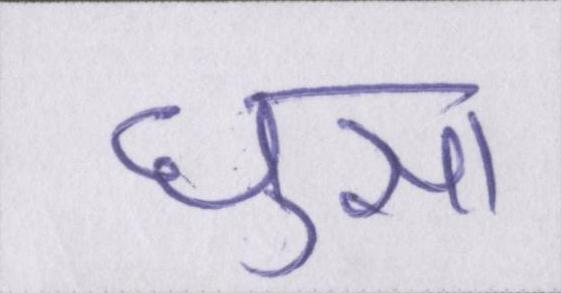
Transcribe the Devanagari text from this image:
घुसा